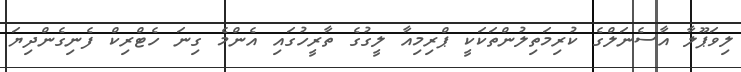
ލިވަޕޫލާ އާސެނަލްގެ ކުރިމަތިލުންތަކަކީ ޕްރިމިއާ ލީގުގެ ތާރީހުގައި އެންމެ ގިނަ ހެޓްރިކް ފެނިގެންދިޔަ